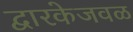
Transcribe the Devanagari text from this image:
द्वारकेजवळ